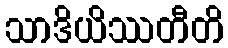
သာဒိယိဿတီတိ